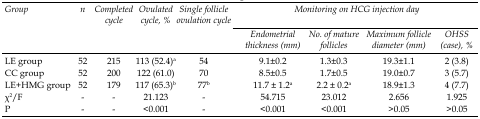
<table><thead><tr><td rowspan="3"><b>Group</b></td><td rowspan="3"><b>n</b></td><td rowspan="3"><b>Completed cycle</b></td><td rowspan="3"><b>Ovulated cycle, %</b></td><td rowspan="3"><b>Single follicle ovulation cycle</b></td><td colspan="4"><b>Monitoring on HCG injection day</b></td></tr><tr><td><b>Endometrial thickness (mm)</b></td><td><b>Number of mature follicles</b></td><td><b>Maximum follicle diameter (mm)</b></td><td><b>OHSS (case), %</b></td></tr></thead><tbody><tr><td>LE group</td><td>52</td><td>215</td><td>113 (52.4)<sup>a</sup></td><td>54</td><td>9.1±0.2</td><td>1.3±0.3</td><td>19.3±1.1</td><td>2 (3.8)</td></tr><tr><td>CC group</td><td>52</td><td>200</td><td>122 (61.0)</td><td>70</td><td>8.5±0.5</td><td>1.7±0.5</td><td>19.0±0.7</td><td>3 (5.7)</td></tr><tr><td>LE + HMG group</td><td>52</td><td>179</td><td>117 (65.3)<sup>b</sup></td><td>77<sup>b</sup></td><td>11.7 ± 1.2<sup>a</sup></td><td>2.2 ± 0.2<sup>a</sup></td><td>18.9±1.3</td><td>4 (7.7)</td></tr><tr><td>χ<sup>2</sup>/F</td><td>-</td><td>-</td><td>21.123</td><td>-</td><td>54.715</td><td>23.012</td><td>2.656</td><td>1.925</td></tr><tr><td>P</td><td>-</td><td>-</td><td>&lt;0.001</td><td>-</td><td>&lt;0.001</td><td>&lt;0.001</td><td>&gt;0.05</td><td>&gt;0.05</td></tr></tbody></table>